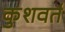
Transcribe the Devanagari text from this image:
कुशवर्त